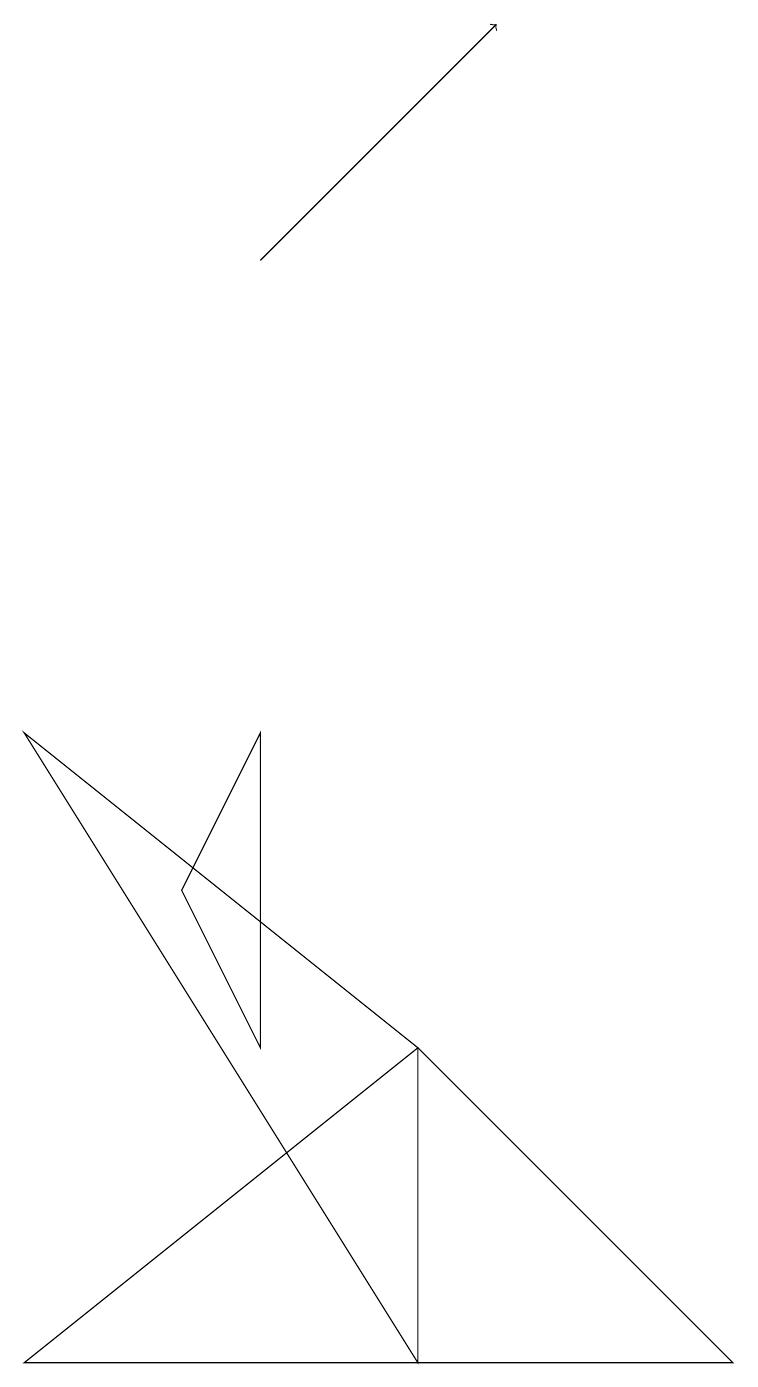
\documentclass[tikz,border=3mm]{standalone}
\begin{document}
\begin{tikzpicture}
\draw[->] (3,14) -- (6,17);
\draw (5,0) -- (0,8) -- (5,4) -- cycle;
\draw (3,4) -- (2,6) -- (3,8) -- cycle;
\draw (9,0) -- (5,4) -- (0,0) -- cycle;
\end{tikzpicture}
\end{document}